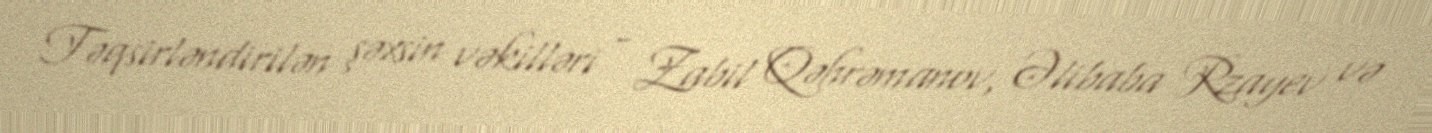
Təqsirləndirilən şəxsin vəkilləri - Zabil Qəhrəmanov, Əlibaba Rzayev və